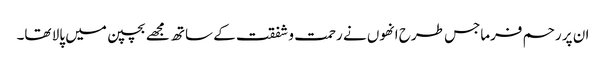
ان پر رحم فرماجس طرح انھوں نے رحمت و شفقت کے ساتھ مجھے بچپن میں پالا تھا۔